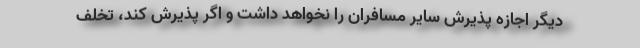
دیگر اجازه پذیرش سایر مسافران را نخواهد داشت و اگر پذیرش کند، تخلف